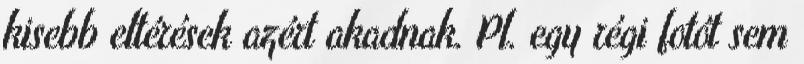
kisebb eltérések azért akadnak. Pl. egy régi fotót sem